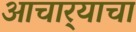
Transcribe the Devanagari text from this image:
आचार्‍याचा